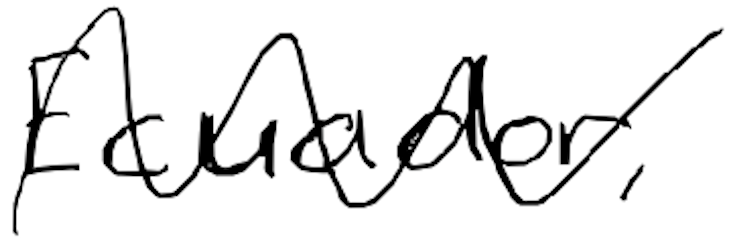
Text: Ecuador,
Cross-out: wave
Writing tool: digital_black